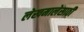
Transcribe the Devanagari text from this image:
लेखमालेसाठी